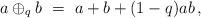
LaTeX: \begin{align*}a \oplus_q b \ = \ a + b + (1-q)ab\, ,\end{align*}